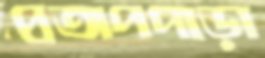
প্রতাপপাড়া